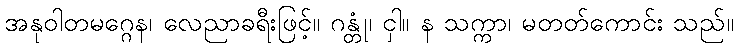
အနုဝါတမဂ္ဂေန၊ လေညာခရီးဖြင့်။ ဂန္တုံ၊ ငှါ။ န သက္ကာ၊ မတတ်ကောင်း သည်။